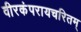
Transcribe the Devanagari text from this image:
वीरकंपरायचरितम्